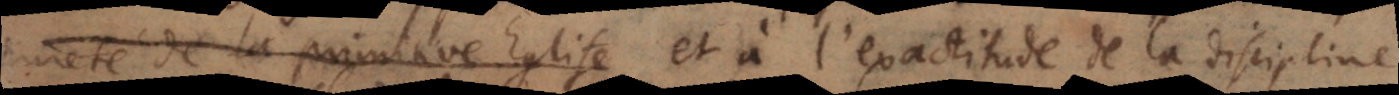
et de la doctrine et à l’exactitude de la discipline